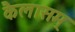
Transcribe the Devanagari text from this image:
कैलासम्‌